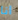
انا